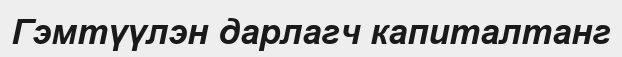
Гэмтүүлэн дарлагч капиталтанг